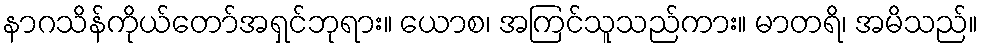
နာဂသိန်ကိုယ်တော်အရှင်ဘုရား။ ယောစ၊ အကြင်သူသည်ကား။ မာတရိ၊ အမိသည်။